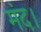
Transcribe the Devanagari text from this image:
मंद।